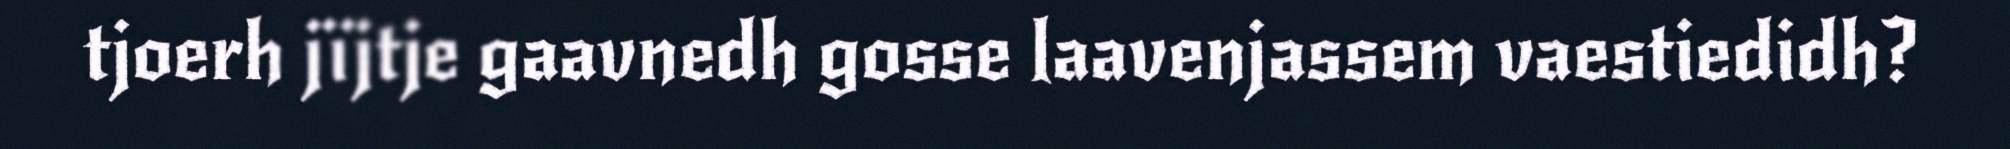
tjoerh jïjtje gaavnedh gosse laavenjassem vaestiedidh?